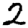
Digit: 2